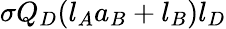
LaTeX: \sigma Q_{D}(l_{A}a_{B}+l_{B})l_{D}